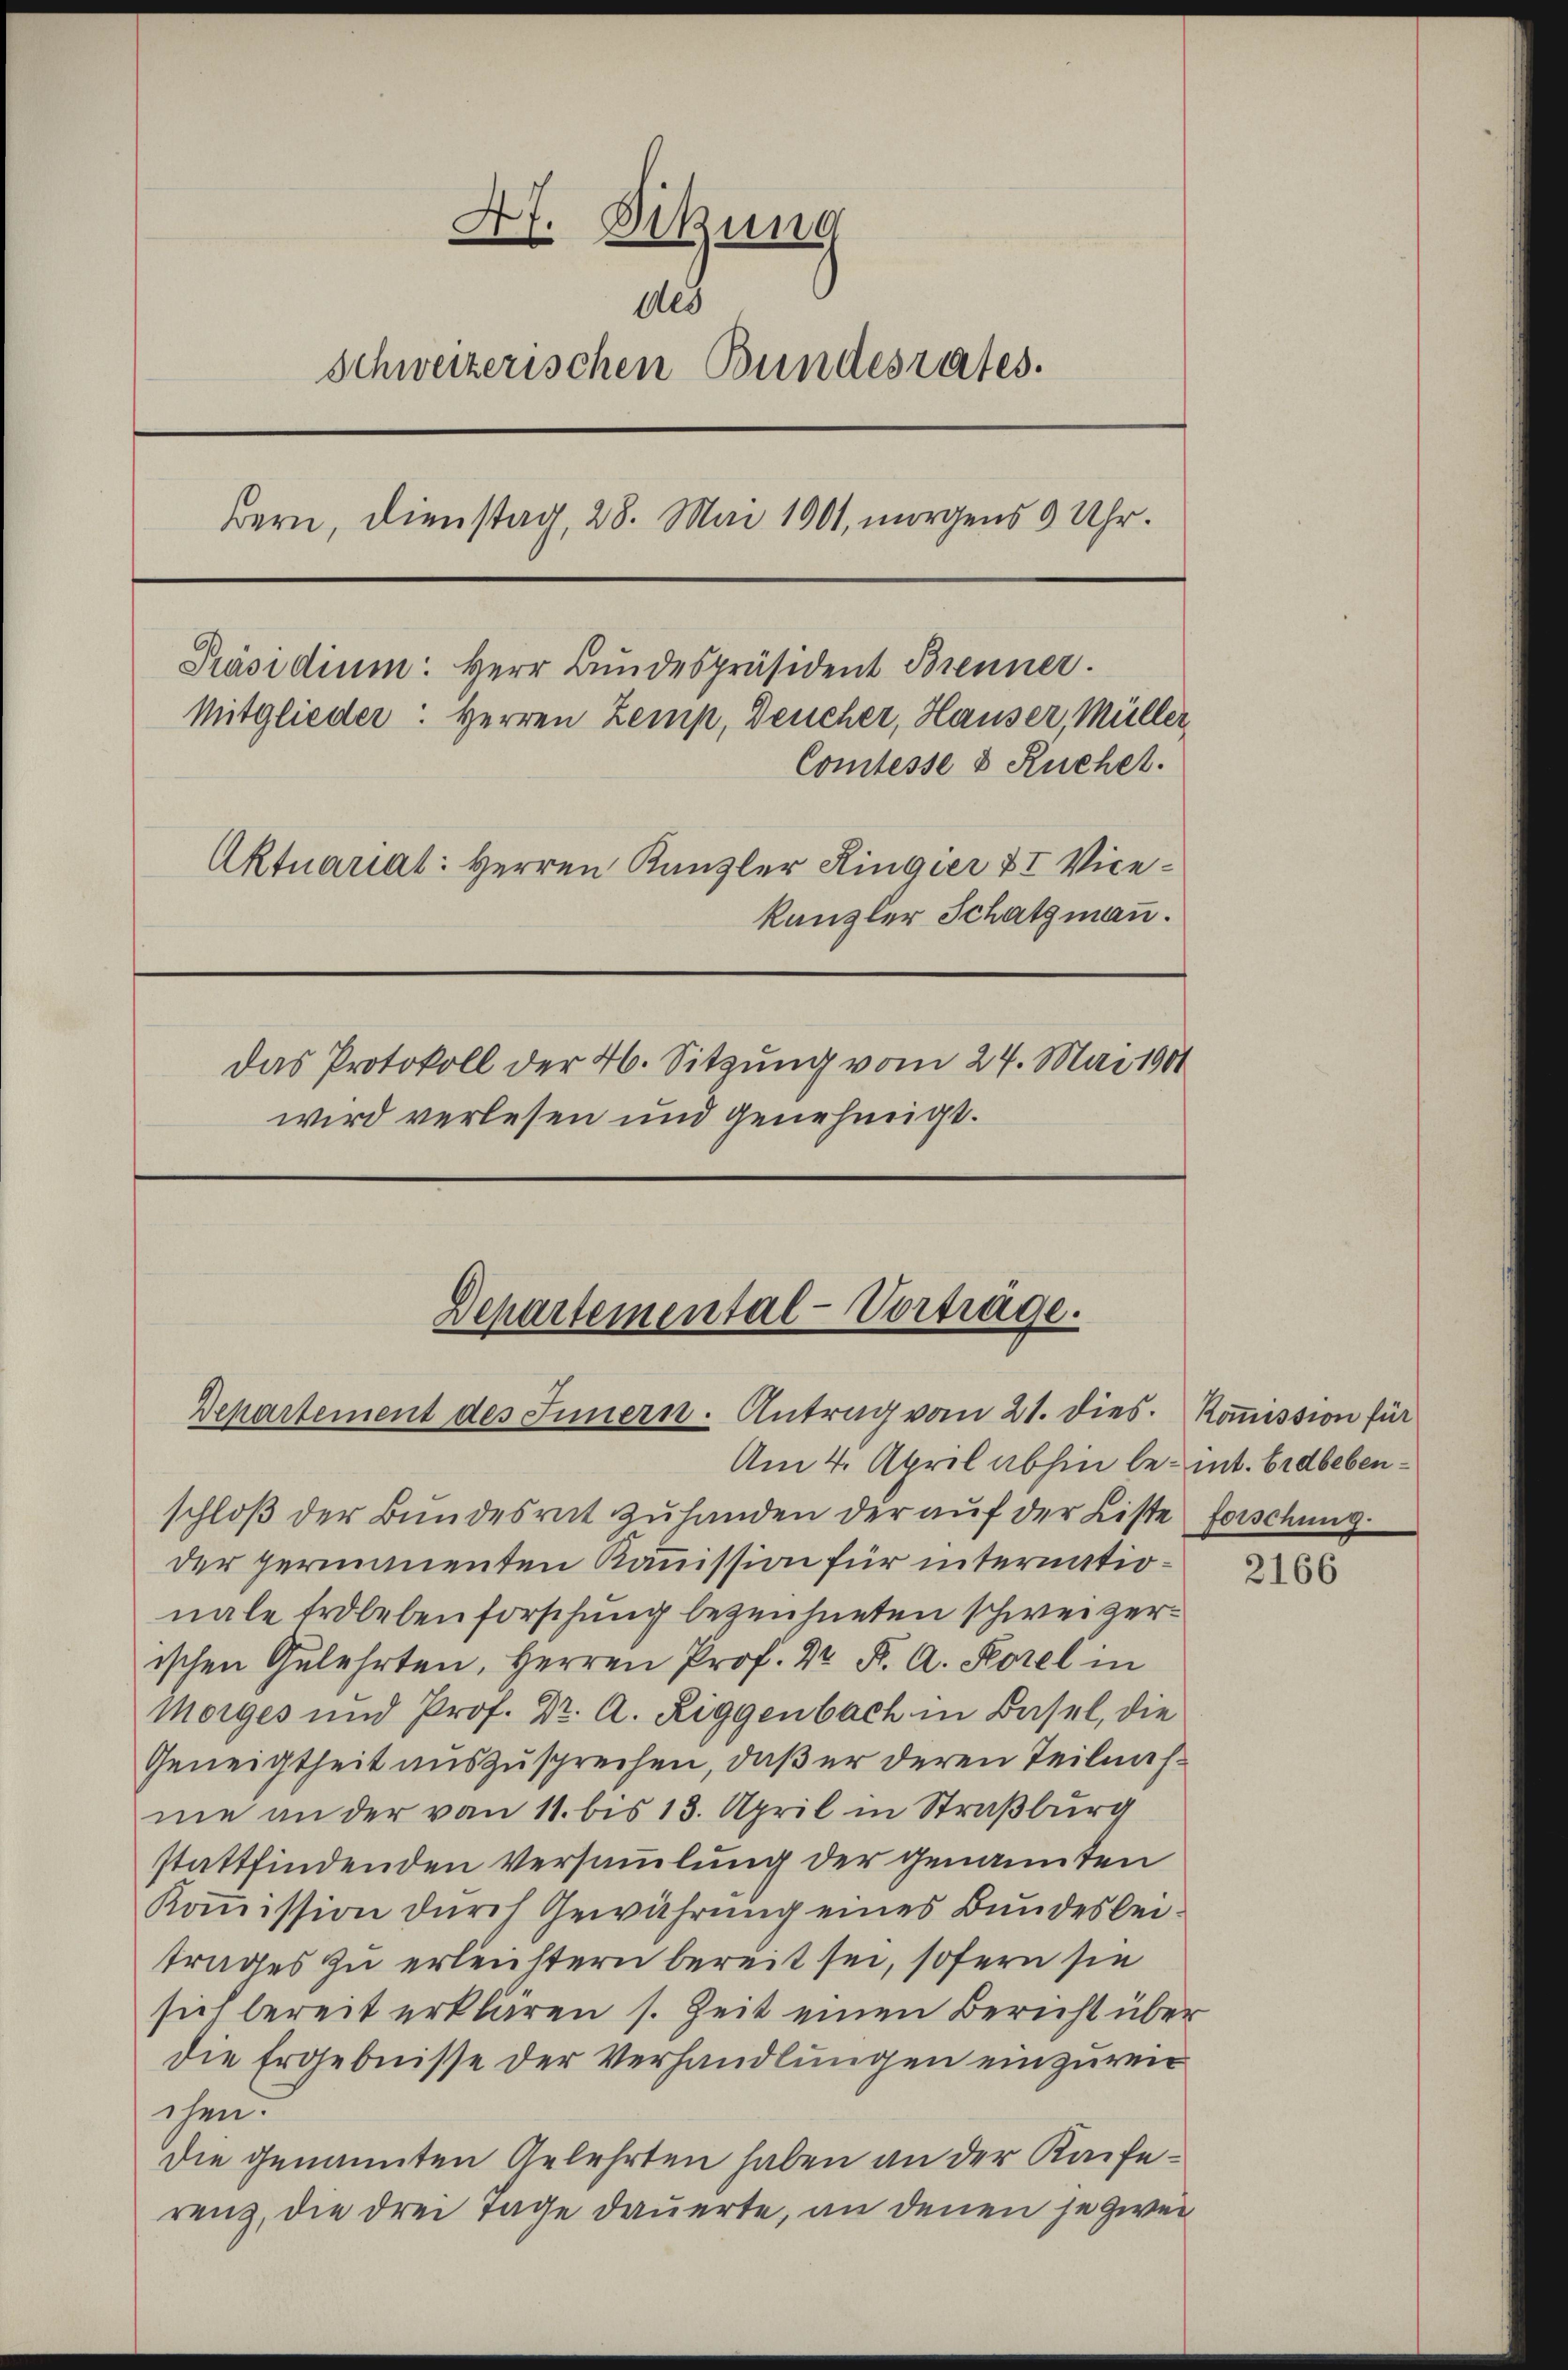
47. Dikung
des
Schweizerischen Bundesrates.
Bern, Dienstag, 28. Mai 1901, morgens 9 Uhr.
Präsidium. Herr Bundespräsident Brenner.
Mitglieder: Herren Zemp, Deucher, Hauser, Müller,
Comtesse & Ruchet.
Aktuariat: Herren Kanzler Ringier XI. Vicekanzler Schatzmann.
das Protokoll der 46. Sitzung vom 24. Mai 1901
wird verlesen und genehmigt.

Am 4. April abhin be- int. Erdbebenschloß der Bundesrat zu handen der auf der Liste Forschung
der perinnenten Kommission für internationale Erdleben forschung bezeichneten schweizerischen Gelehrten, Herren Prof. Dr. K. A. Forel in
Morges und Prof. Dr. A. Riggenbach in Basel, die
Geneigtheit auszusprechen, daß er deren Teilnahme an der von 11. bis 13. April in Straßburg
stattfindenden Versammlung der genannten
Koṁission durch Gewährung eines Bundesbeitrages zu erleichtern bereit sei, sofern sie
sich bereit erklären s. Zeit einen Bericht über
die Ergebnisse der Verhandlungen einzureic
chen.
die genannten Gelehrten haben an der Kaiferenz, die drei Tage dauerte, an denen je zwei¬

Departemental-Vortrage.
Departement des Innern. Antrag vom 21. dies. Koṁission für

2166